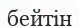
бейтін